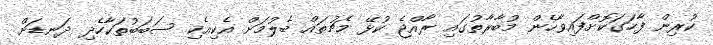
ކުރިން ފާހަގަކޮށްފައިވާހެން މުބާރާތުގައި ރާއްޖެ ކުޅޭ މެޗުތައް ބެލުމަށް އެކިއެކި ސަބަބުތަކާހެދި ދަނޑަށް